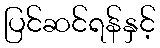
ပြင်ဆင်ရန်နှင့်